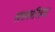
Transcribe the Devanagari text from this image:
खसपरजिया